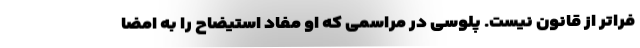
فراتر از قانون نیست. پلوسی در مراسمی که او مفاد استیضاح را به امضا